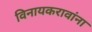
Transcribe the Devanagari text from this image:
विनायकरावांना